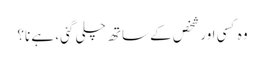
وہ کسی اور شخص کے ساتھ چلی گئی، ہے نا؟